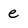
Character: e